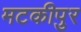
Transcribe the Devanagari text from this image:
मटकीपुर